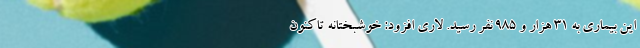
این بیماری به ۳۱ هزار و ۹۸۵ نفر رسید. لاری افزود: خوشبختانه تاکنون